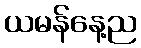
ယမန်နေ့ည